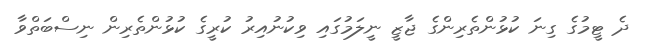
ދެ ޓީމުގެ ގިނަ ކުޅުންތެރިންގެ ޖާޒީ ނީލަމުގައި ވިކުނުއިރު ކުރީގެ ކުޅުންތެރިން ނިސްބަތްވާ